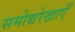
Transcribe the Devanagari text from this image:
समोच्चरेखाएँ